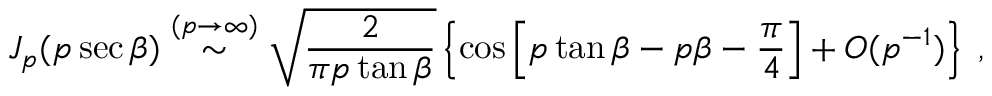
J _ { p } ( p \sec \beta ) \stackrel { ( p \rightarrow \infty ) } { \sim } \sqrt { \frac { 2 } { \pi p \tan \beta } } \left\{ \cos \left[ p \tan \beta - p \beta - \frac { \pi } { 4 } \right] + O ( p ^ { - 1 } ) \right\} \; ,